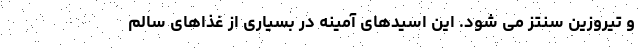
و تیروزین سنتز می شود. این اسیدهای آمینه در بسیاری از غذاهای سالم